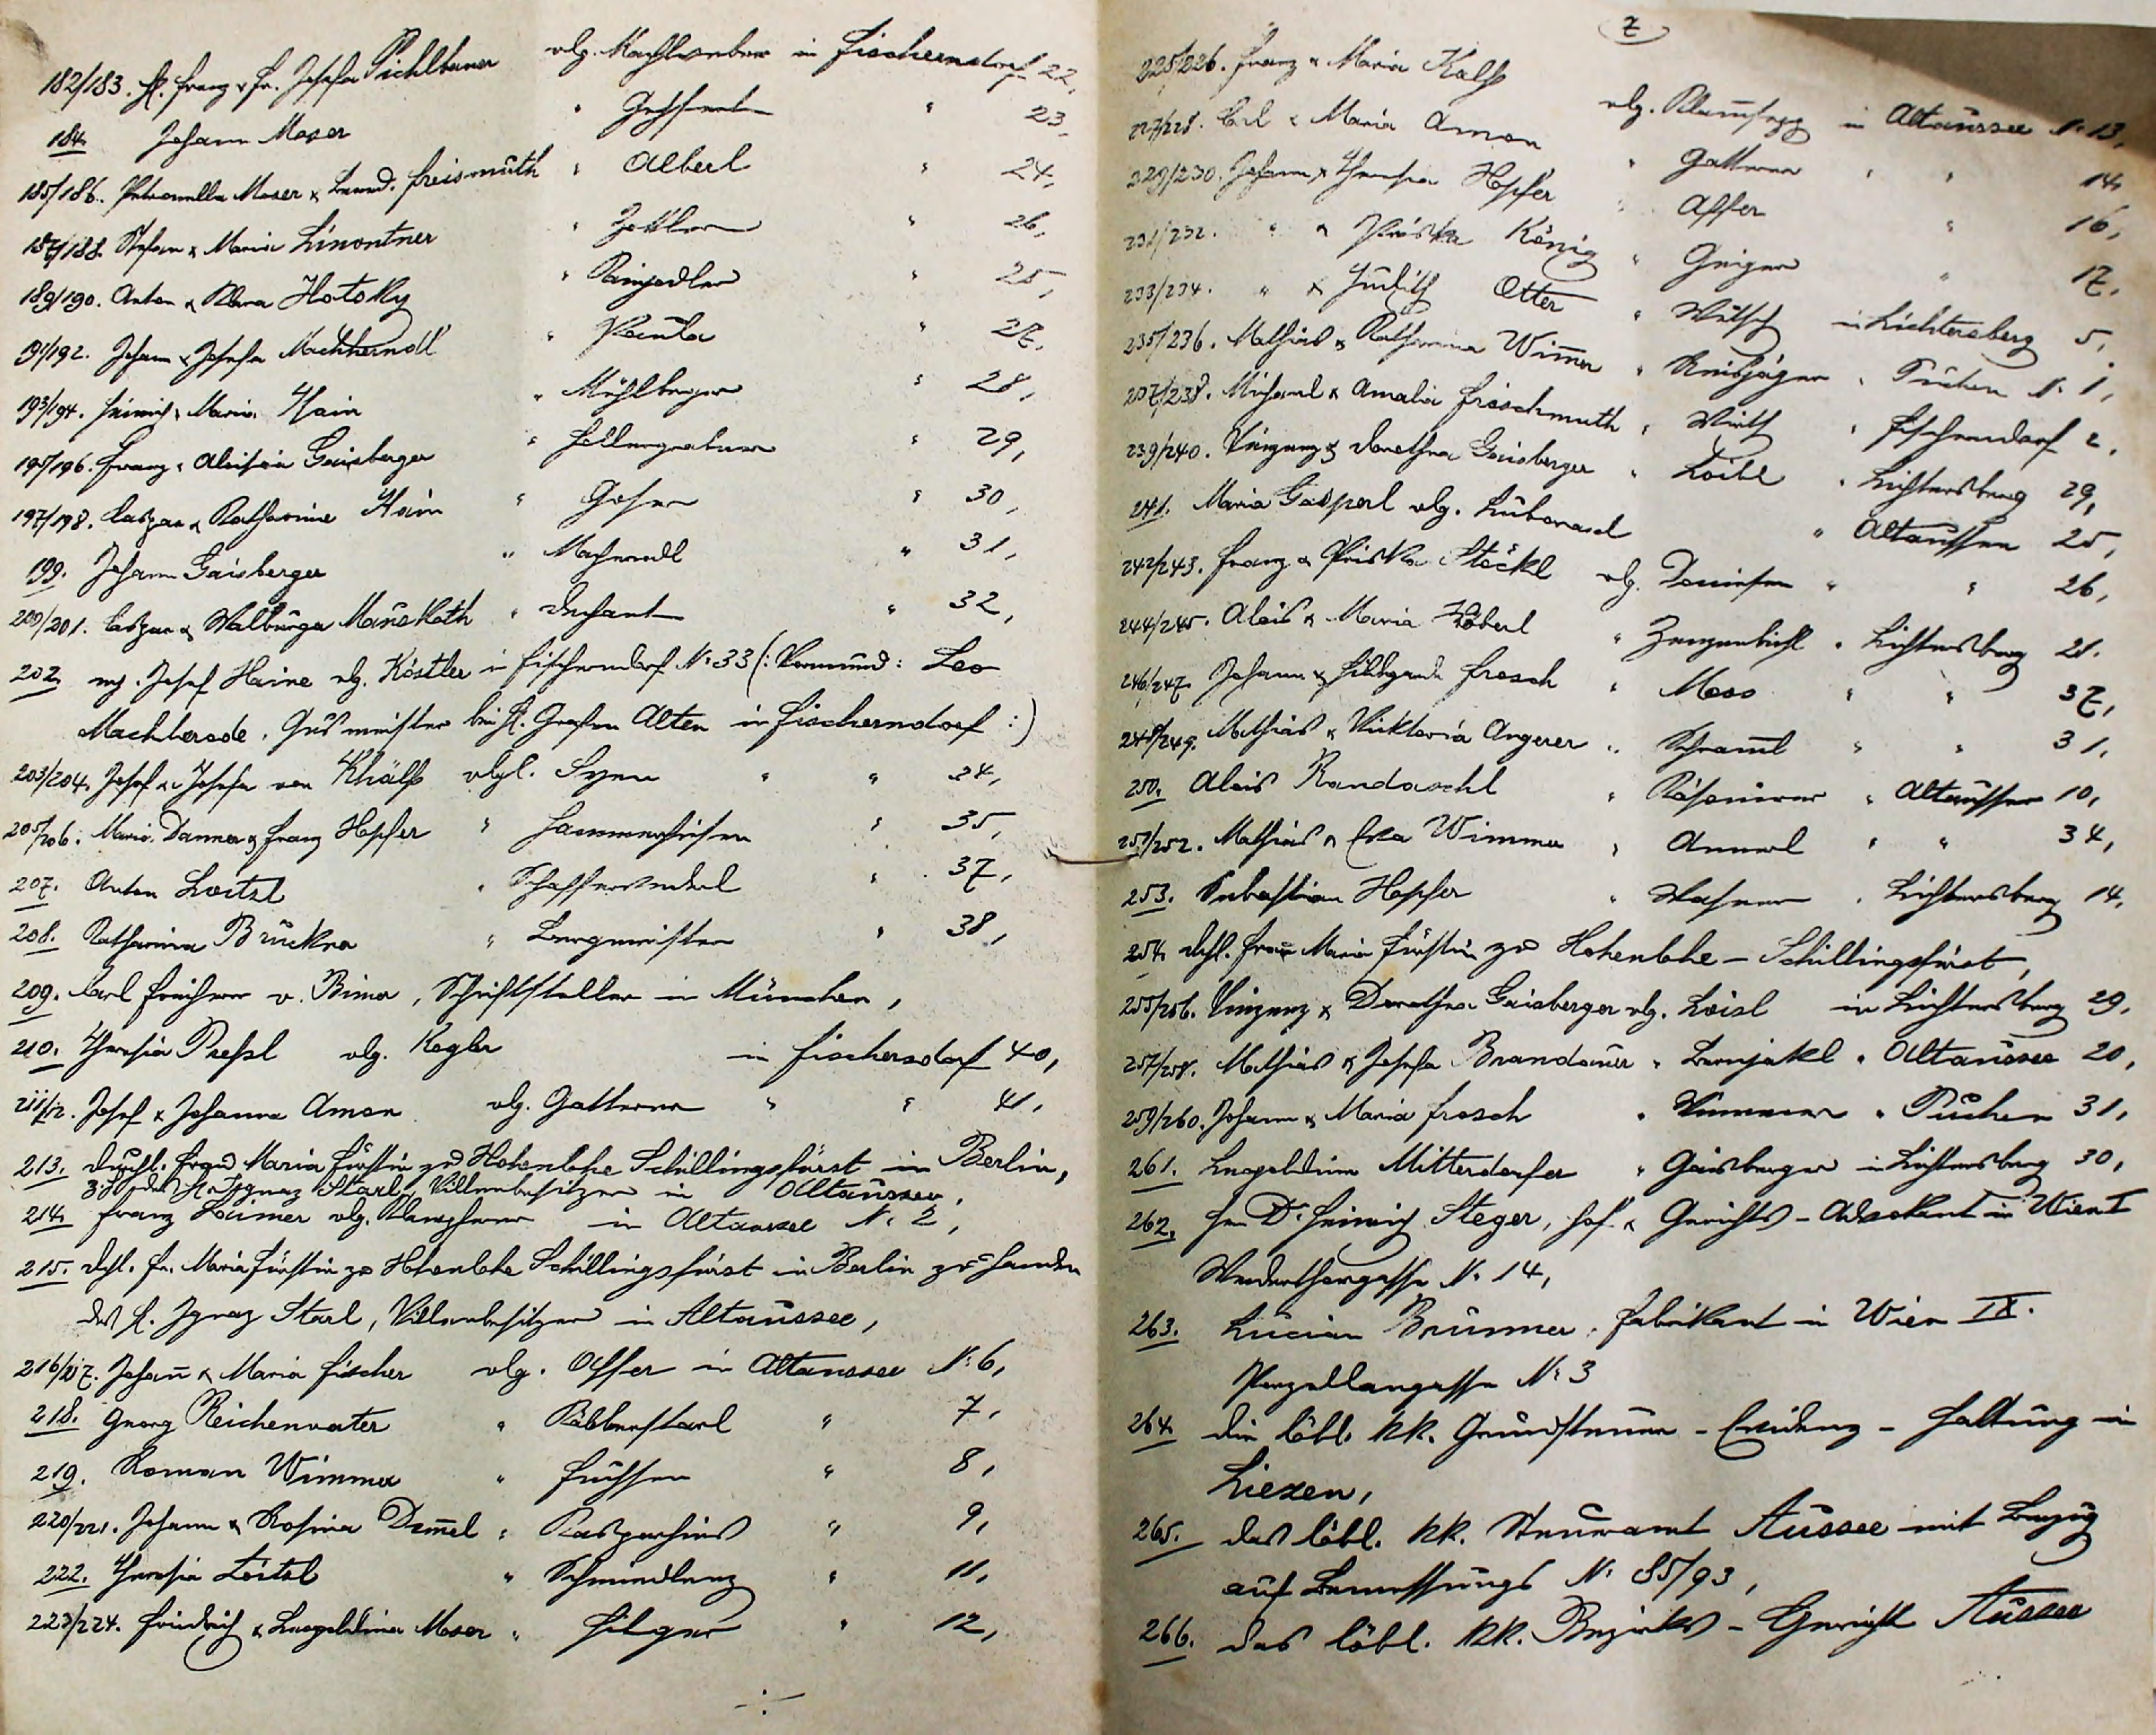
182/183. Hr. Franz u. Fr. Josefa Pichltaner   vlg.  Kachlweber in Fischerndorf. 22,
184.   Johann Moser                                         "      Gehster             "                23,
185/186. Petronella Moser u. Leonard. Freismuth   "     Alberl            "               24,
187/188. Stefan u. Maria Linontner                  "     Zottler					  "                26,
189/190. Anton u. ra Hotsky                   "     Rainjodler           "                 25,
191/192. Johann u. Josefa Machherndl          "    Paula                     "                27,
193/194. Heinrich u. Maria  Hain                     "     Mühlberger            "               28,
195/196.  Franz u. Aloisia Geisberger           "     Hollergratner         "              29,
197/198. Caspar u. Katharina Hain                "    Goser						"               30,
199.         Johann Gaisberger                        "     Mahnwedl              "               31,
200/201. Caspar u. Walburger  Mauskoth    "     Defant                    "              32,
202.   mj. Josef Haine vlg. Köstler in Fischerndorf N: 33 (: Vormund: Leo
       Machterode, Gusmeister bei Hr. Grafen Alten in Fischerndorf :)
203/204. Josef u. Josefa von Khälf    vlg. Syen           "                       34,
205/206. Maria Danner u Franz Hopfer  "  Hammerheisen       "              35,
207. Anton Loitzl                                    "     Schafferwedel     "              37,
208. Katharina Brucker                          "     Bergmeister         "              38,
209.  Carl Freiherr v. Bisna,     Schriftsteller in München  ,
210.   Theresia Prehsl       vlg. Kogler                in Fischersdorf 40,
211/212.  Josef u. Johanna Amon     vlg. Gatterer   "         "       41,
213.   Durchl. Frau Maria Fürstin zu Hohenlohe  Schillingsfürst in Berlin,
          z.H. des Hr. Ignaz Itarl, Villenbesitzer in Altaussee,
214.  Franz Loimer  vlg. Klampferer  in Altausse N: 2,
215. Dchl. Fr. Maria Fürstin zu Hohenlohe Schillingsfürst in Berlin zu Handen
	       des Hr. Ignaz Itarl, Villenbesitzer in Altaussee,
216/ 217. Johann u. Maria Fischer   vlg. Ahser in Altaussee N: 6,
218.  Georg Reichenvater                  "    Käblerstarl    "             7,
219.  Roman Wimmer                       "      Fuchser        "             8,
220/221. Johann u. Rosina Demmel "    Kasperhirs    "             9,
222.   Theresia Loitel                         "     Schmiedlenz   "         11,
223/224.  Friedrich u. Leopoldina Moser " Hilger           "         12,
    %

7
225/226. Franz u. Maria Kalhs          vlg. Klammsegg  in Altaussee N: 13,
227/228. Carl u. Maria Amon              "    Gatterer          "           "           14,
229/230. Johann u. Theresia Hopfer "    Affer               "           "           16,
231/232.          "        Priska  König     "    Geiger            "           "           17,
233/234.          "        Judith   Otter     "     Witsch            "   Lichtersberg 5,
235/236. Mathias u. Katharina Wimmer " Reisjäger     "     Puchen   N:  1,
237/238. Michael u. Amalia Frischmuth " Wits             "     Fischerndorf 2,
239/240. Vinzenz u. Dorothea Gaisberger " Loitl    "    Lichtersberg     29,
241.         Maria Gaspal  vlg. Lubonasel                   "    Altaussee       25,
241/242.  Franz u. Priska Stöckl       vlg.   Domirser              "        "     26,
244/245.  Alois u. Maria Köberl          "      Zenzenbiesl   "  Lichtersberg  21,
246/247. Johann u. Hildegard Frosch "  Moss              "           "           37,
248/249. Mathias u. Viktoria Angerer  "   Schramml     "           "           31,
250.    Alois Randaschl                     "      Räsonierer    "  Altaussee    10,
251/252. Mathias u. Eva Wimmer    "      Annerl          "           "           34,
253.   Sebastian Hopfer                   "      Wasner    "    Lichtersberg  14,
243. Dchl. Frau Maria Fürstin zu Hohenlohe - Schillingsfürst,
255/256.  Vinzenz u. Dorothea Gaisberger  vlg. Loisl  in Lichterberg 29,
257/258. Mathias u. Josefa Bandauer     "   Bernjakl    "  Altaussee  20,
259/260. Johann u. Maria Frosch            "  Wimmer   "   Puchen      31,
261.        Leopoldine Mitterdorfer          "   Gaisberger in Lichersberg 30,
262.   Herr Dr. Heinrich Steger, Hof     "   Gerichts-Advokat in Wien I.
          Werderthorgasse N: 14,
263.   Lucian  Brunner,  Fabrikant in Wien IX.
          Porzellangasse N: 3
264.  die löbl. kk. Grundsteuer-Evidenz-Haltung in
         Liezen,
265. das löbl. kk. Steueramt Aussee mit Bezug
         auf Bemessungs  N: 85/93,
266. das löbl. kk. Bezirks-Gericht Aussee